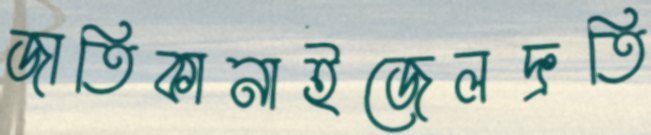
জাতিকানাইজেলদ্রুতি